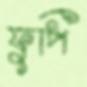
ফুপি